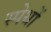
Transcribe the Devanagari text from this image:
स्पेथों